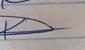
Signature authenticity: genuine